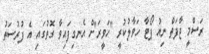
ރަސްމީ ޖާފަތް ނިއު ޕޯޓާ ހަވާލުކުރީ "ހަވީރަ"ށް އެނގިފައިވާ ގޮތުގައި އެ ފުރުސަތު